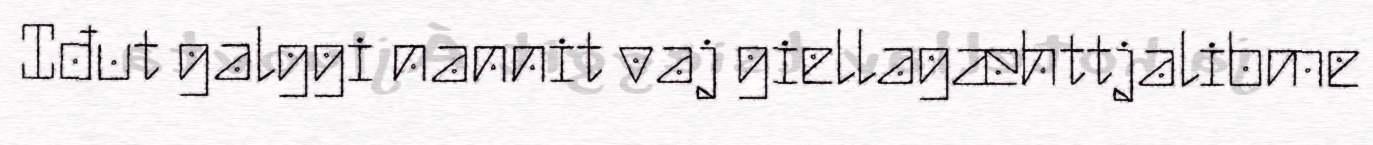
Iđut galggi nannit vaj giellagæhttjalibme